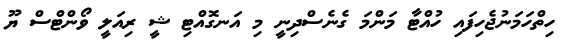
ހިތްހަމަނުޖެހިފައި ހުއްޓާ މަންމަ ގެނެސްދިނީ މި އަނގޮއްޓި ޝީ ރިއަލީ ވޯންޓްސް ޔޫ